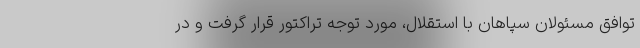
توافق مسئولان سپاهان با استقلال، مورد توجه تراکتور قرار گرفت و در